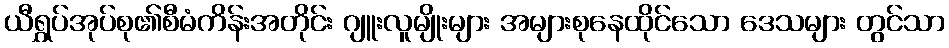
ယီရွှပ်အုပ်စု၏စီမံကိန်းအတိုင်း ဂျူးလူမျိုးများ အများစုနေထိုင်သော ဒေသများ တွင်သာ